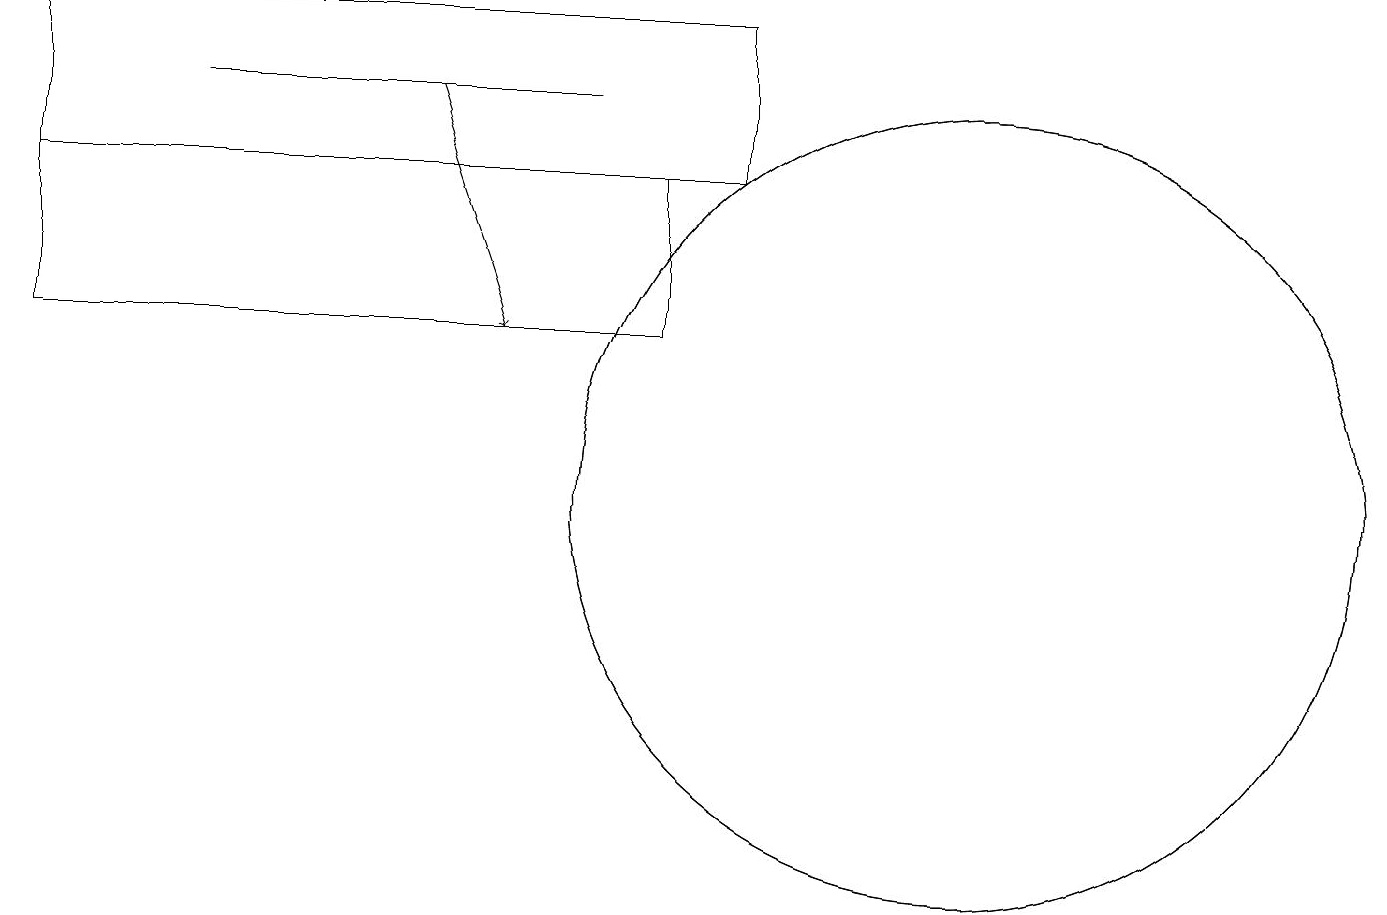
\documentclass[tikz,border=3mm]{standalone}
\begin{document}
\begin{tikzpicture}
\draw (0,15) rectangle (8,13);
\draw (10,11) circle (0);
\draw (9,17) rectangle (0,15);
\draw (12,11) circle (5);
\draw (12,11) circle (5);
\draw (2,16) rectangle (7,16);
\draw[->] (5,16) -- (6,13);
\draw (3,15) rectangle (6,15);
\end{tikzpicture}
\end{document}